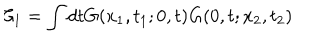
LaTeX: \mathcal { C } _ { 1 } = \int d t G ( x _ { 1 } , t _ { 1 } ; 0 , t ) G ( 0 , t ; x _ { 2 } , t _ { 2 } )